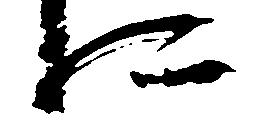
に